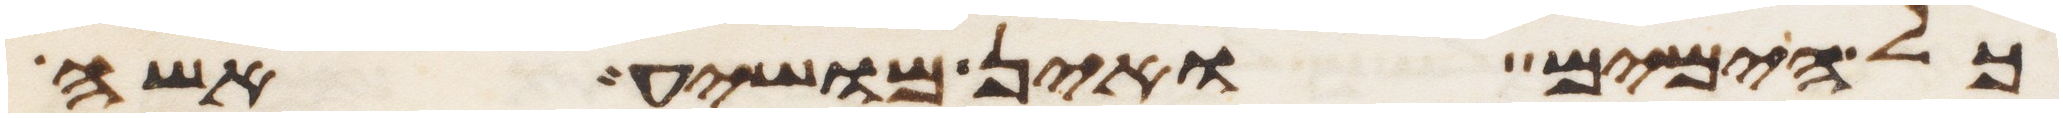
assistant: כל הימים ואין מושיע אשה